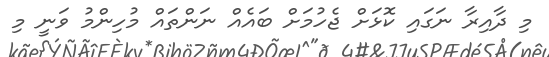
މި ދާއިރާ ނަގައި ކޮޅަށް ޖެހުމަށް ބައެއް ނަންތައް މުހިންމު ވަނީ މި